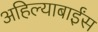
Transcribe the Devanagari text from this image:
अहिल्याबाईंस